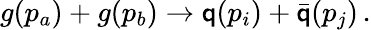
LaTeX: g(p_{a})+g(p_{b})\rightarrow\mathsf{q}(p_{i})+{\bar{{\mathsf{q}}}}(p_{j})\, .